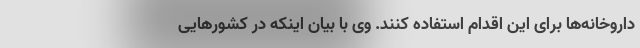
داروخانه‌ها برای این اقدام استفاده کنند. وی با بیان اینکه در کشورهایی